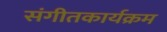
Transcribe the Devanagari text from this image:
संगीतकार्यक्रम